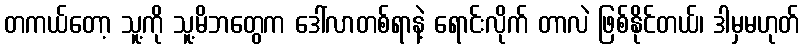
တကယ်တော့ သူ့ကို သူ့မိဘတွေက ဒေါ်လာတစ်ရာနဲ့ ရောင်းလိုက် တာလဲ ဖြစ်နိုင်တယ်၊ ဒါမှမဟုတ်